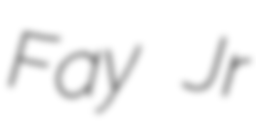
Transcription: Fay Jr